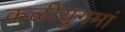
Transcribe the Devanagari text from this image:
कळीयुगमां